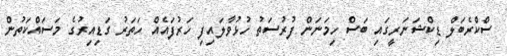
ސްކްރެބަލް ޑިކްޝަނަރީގައި ބަސް ހިމަނަން ފުރުސަތު ހުޅުވާލައިފި ހަރުފައެއް ހަތަރު ގަޑިއިރުގެ މަސައްކަތުން